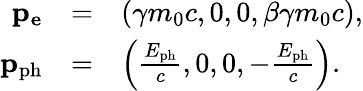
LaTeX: \begin{array}{rcl}{\mathbf{p_{e}}}&{=}&{\left(\gamma m_{0}c,0,0,\beta\gamma m_{0}c\right),}\\ {\mathbf{p_{\mathrm{ph}}}}&{=}&{\left(\frac{E_{\mathrm{ph}}}{c},0,0,-\frac{E_{\mathrm{ph}}}{c}\right).}\end{array}